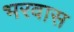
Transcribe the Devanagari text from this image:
भरवास